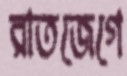
রাতজেগে